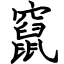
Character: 竄